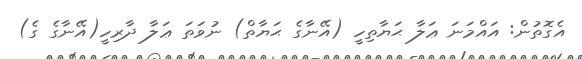
އެގޮތުން: އައްމަނަ ޢަލާ ޙަޔާތިހީ (އޭނާގެ ޙަޔާތް) ނުވަތަ ޢަލާ ދާރިހީ(އޭނާގެ ގެ)